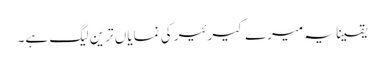
یقینا یہ میرے کیرئیر کی نمایاں ترین لیگ ہے۔